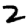
Digit: 2